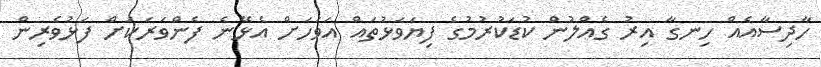
ހާދިސާއެއް ހިނގާ އިރު ގެއްލުން ކުޑަކުރުމުގެ ފިޔަވަޅުތައް އަވަހަށް އެޅޭނެ ފެންވަރަކަށް ފަޅުވެރިން